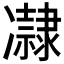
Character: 𠘞